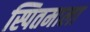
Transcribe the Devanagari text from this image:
स्पितमाला